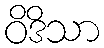
ဝိဒိသာ